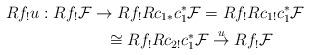
LaTeX: \begin{align*}Rf_{!}u:Rf_{!}\mathcal{F} & \to Rf_{!}Rc_{1\ast}c_{1}^{\ast}\mathcal{F}=Rf_{!}Rc_{1!}c_{1}^{\ast}\mathcal{F}\\ & \;\;\;\cong Rf_{!}Rc_{2!}c_{1}^{\ast}\mathcal{F}\overset{u}{\to}Rf_{!}\mathcal{F}\end{align*}